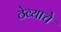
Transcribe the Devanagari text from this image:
ठेव्याचे